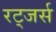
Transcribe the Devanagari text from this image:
रट्जर्स